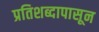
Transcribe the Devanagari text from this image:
प्रतिशब्दापासून